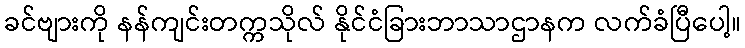
ခင်ဗျားကို နန်ကျင်းတက္ကသိုလ် နိုင်ငံခြားဘာသာဌာနက လက်ခံပြီပေါ့။